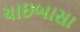
ચાઇબાસા